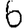
Digit: 6